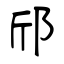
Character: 邤